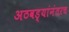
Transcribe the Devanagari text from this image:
अठवड्यांनंतरच